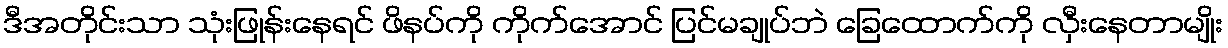
ဒီအတိုင်းသာ သုံးဖြုန်းနေရင် ဖိနပ်ကို ကိုက်အောင် ပြင်မချုပ်ဘဲ ခြေထောက်ကို လှီးနေတာမျိုး